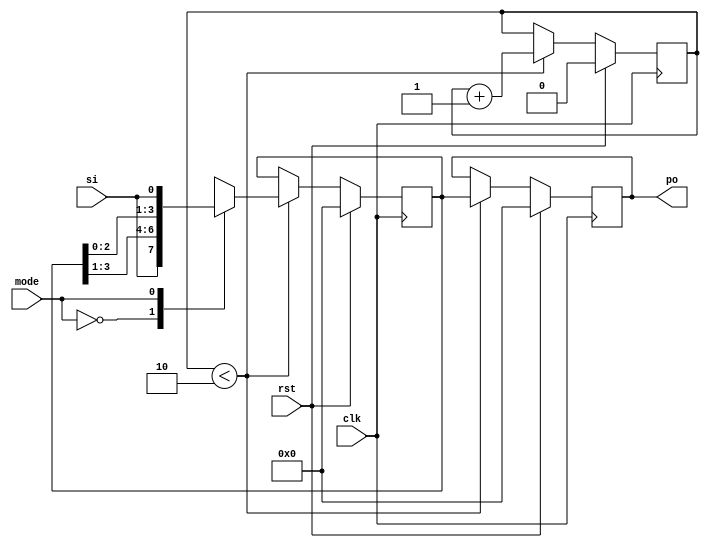
// writing this line comment to check if new changes are highlighted
/*Write an RTL code for a 4-bit SIPO(serial-in-parallel-out)shift register
 which shifts first 2-bits (shift for 2 times) to left/right and should shift for 2 more times which should have the previous value.*/

module sipo(clk,rst,si,mode,po);
input clk,rst;
input si,mode;
 
output reg[3:0]po;

reg [3:0]register;
reg count;


always@(posedge clk)
begin
	if(rst)
	begin
		po<=4'b0;
		register<=4'b0;
		count<=1'b0;
	end
	
	else
		begin
			
			if(count < 2'b10)
			begin
				case(mode)
					0 : begin
					register   <= {si,register[3:1]};
					count <= count+1'b1;
					end
					1 : begin
					register   <= {register[2:0],si};
					count <= count+1'b1;
					end
				endcase
				po <= register;
				
				//count <= count+1'b1;
				end
		end
		
end

endmodule